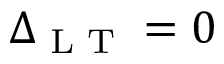
\Delta _ { \textup { L T } } = 0